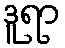
ဒူရာ